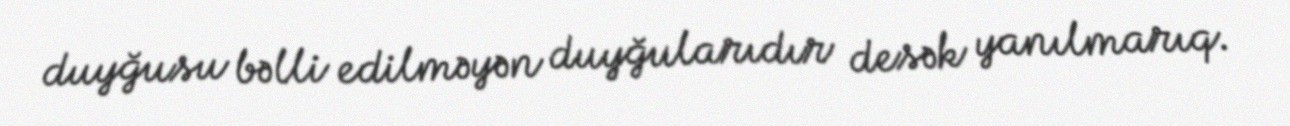
duyğusu bəlli edilməyən duyğularıdır desək yanılmarıq.